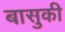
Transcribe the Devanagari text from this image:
बासुकी